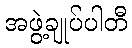
အဖွဲ့ချုပ်ပါတီ